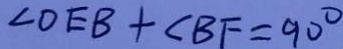
\angle O E B + \angle B F = 9 0 ^ { \circ }